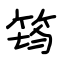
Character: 筠